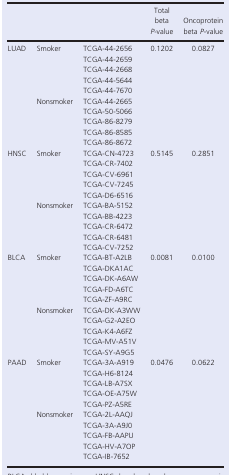
|  |  |  | Total beta P‐value | Oncoprotein beta P‐value |
 | --- | --- | --- | --- | --- |
 | <ROWSPAN=10> LUAD | <ROWSPAN=5> Smoker | TCGA‐44‐2656 | <ROWSPAN=10> 0.1202 | <ROWSPAN=10> 0.0827 |
 | TCGA‐44‐2659 |
 | TCGA‐44‐2668 |
 | TCGA‐44‐5644 |
 | TCGA‐44‐7670 |
 | <ROWSPAN=5> Nonsmoker | TCGA‐44‐2665 |
 | TCGA‐50‐5066 |
 | TCGA‐86‐8279 |
 | TCGA‐86‐8585 |
 | TCGA‐86‐8672 |
 | <ROWSPAN=10> HNSC | <ROWSPAN=5> Smoker | TCGA‐CN‐4723 | <ROWSPAN=10> 0.5145 | <ROWSPAN=10> 0.2851 |
 | TCGA‐CR‐7402 |
 | TCGA‐CV‐6961 |
 | TCGA‐CV‐7245 |
 | TCGA‐D6‐6516 |
 | <ROWSPAN=5> Nonsmoker | TCGA‐BA‐5152 |
 | TCGA‐BB‐4223 |
 | TCGA‐CR‐6472 |
 | TCGA‐CR‐6481 |
 | TCGA‐CV‐7252 |
 | <ROWSPAN=10> BLCA | <ROWSPAN=5> Smoker | TCGA‐BT‐A2LB | <ROWSPAN=10> 0.0081 | <ROWSPAN=10> 0.0100 |
 | TCGA‐DKA1AC |
 | TCGA‐DK‐A6AW |
 | TCGA‐FD‐A6TC |
 | TCGA‐ZF‐A9RC |
 | <ROWSPAN=5> Nonsmoker | TCGA‐DK‐A3WW |
 | TCGA‐G2‐A2EO |
 | TCGA‐K4‐A6FZ |
 | TCGA‐MV‐A51V |
 | TCGA‐SY‐A9G5 |
 | <ROWSPAN=10> PAAD | <ROWSPAN=5> Smoker | TCGA‐3A‐A919 | <ROWSPAN=10> 0.0476 | <ROWSPAN=10> 0.0622 |
 | TCGA‐H6‐8124 |
 | TCGA‐LB‐A7SX |
 | TCGA‐OE‐A75W |
 | TCGA‐PZ‐A5RE |
 | <ROWSPAN=5> Nonsmoker | TCGA‐2L‐AAQJ |
 | TCGA‐3A‐A9J0 |
 | TCGA‐FB‐AAPU |
 | TCGA‐HV‐A7OP |
 | TCGA‐IB‐7652 |